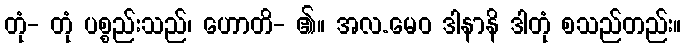
တုံ- တုံ ပစ္စည်းသည်၊ ဟောတိ- ၏။ အလ.မေဝ ဒါနာနိ ဒါတုံ စသည်တည်း။